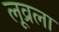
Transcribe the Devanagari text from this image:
लूव्रला